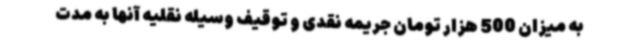
به میزان 500 هزار تومان جریمه نقدی و توقیف وسیله نقلیه آنها به مدت